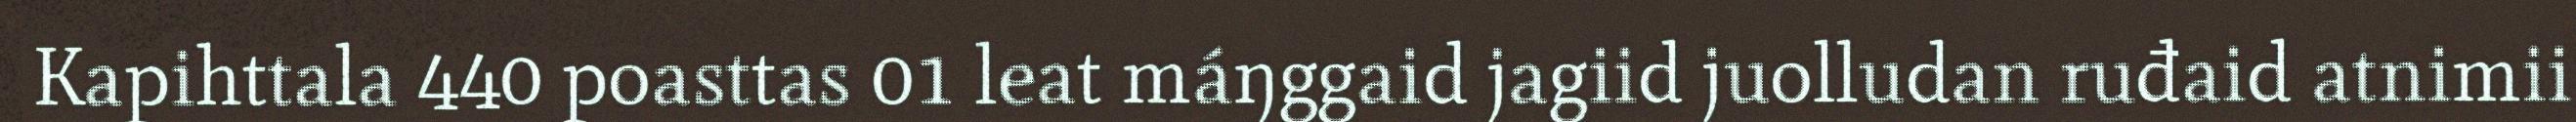
Kapihttala 440 poasttas 01 leat máŋggaid jagiid juolludan ruđaid atnimii